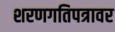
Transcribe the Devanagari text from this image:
शरणगतिपत्रावर